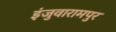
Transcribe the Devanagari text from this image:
इंजुवारामपुर